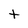
Character: t